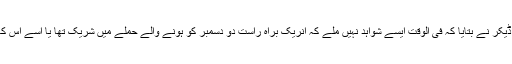
یو ایس اٹارنی ایلین ڈیکر نے بتایا کہ فی الوقت ایسے شواہد نہیں ملے کہ انریک براہ راست دو دسمبر کو ہونے والے حملے میں شریک تھا یا اسے اس کا پہلے سے علم تھا۔